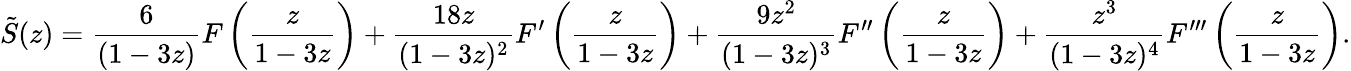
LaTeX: {\tilde{S}}(z)={\frac{6}{(1-3z)}}F\left({\frac{z}{1-3z}}\right)+{\frac{18z}{(1-3z)^{2}}}F^{\prime}\left({\frac{z}{1-3z}}\right)+{\frac{9z^{2}}{(1-3z)^{3}}}F^{\prime\prime}\left({\frac{z}{1-3z}}\right)+{\frac{z^{3}}{(1-3z)^{4}}}F^{\prime\prime\prime}\left({\frac{z}{1-3z}}\right).